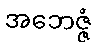
အဘေဇ္ဇံ